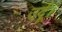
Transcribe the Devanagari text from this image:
उर्दू।